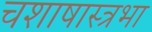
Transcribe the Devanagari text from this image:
चशाषास्त्रभा